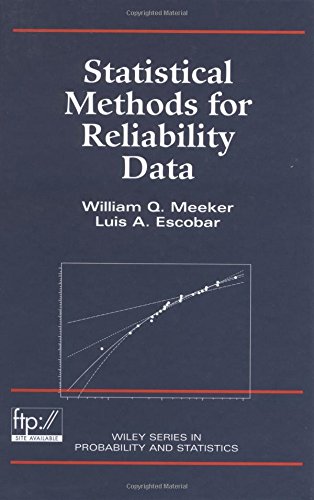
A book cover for Statistical Methods for Reliability Data; William Q. Meeker; Medical Books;